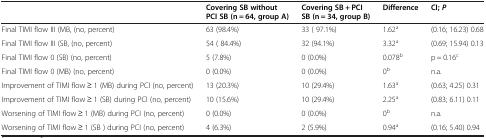
|  | Covering SB without PCI SB (n = 64, group A) | Covering SB + PCI SB (n = 34, group B) | Difference | CI; P |
 | --- | --- | --- | --- | --- |
 | Final TIMI flow III (MB, (no, percent) | 63 (98.4%) | 33 ( 97.1%) | 1.62a | (0.16; 16.23) 0.68 |
 | Final TIMI flow III (SB, (no, percent) | 54 ( 84.4%) | 32 (94.1%) | 3.32a | (0.69; 15.94) 0.13 |
 | Final TIMI flow 0 (SB) (no, percent) | 5 (7.8%) | 0 (0.0%) | 0.078b | p = 0.16c |
 | Final TIMI flow 0 (MB) (no, percent) | 0 (0.0%) | 0 (0.0%) | 0b | n.a. |
 | Improvement of TIMI flow ≥ 1 (MB) during PCI (no, percent) | 13 (20.3%) | 10 (29.4%) | 1.63a | (0.63; 4.25) 0.31 |
 | Improvement of TIMI flow ≥ 1 (SB) during PCI (no, percent) | 10 (15.6%) | 10 (29.4%) | 2.25a | (0.83; 6.11) 0.11 |
 | Worsening of TIMI flow ≥ 1 (MB) during PCI (no, percent) | 0 (0.0%) | 0 (0.0%) | 0b | n.a. |
 | Worsening of TIMI flow ≥ 1 (SB ) during PCI (no, percent) | 4 (6.3%) | 2 (5.9%) | 0.94a | (0.16; 5.40) 0.94 |